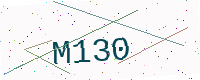
Text: M130